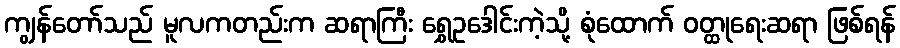
ကျွန်တော်သည် မူလကတည်းက ဆရာကြီး ရွှေဥဒေါင်းကဲ့သို့ စုံထောက် ဝတ္ထုရေးဆရာ ဖြစ်ရန်